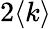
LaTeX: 2\langle k\rangle